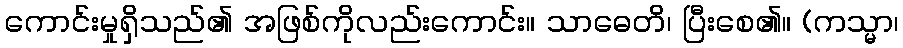
ကောင်းမှုရှိသည်၏ အဖြစ်ကိုလည်းကောင်း။ သာဓေတိ၊ ပြီးစေ၏။ (ကသ္မာ၊